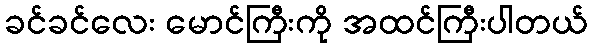
ခင်ခင်လေး မောင်ကြီးကို အထင်ကြီးပါတယ်